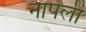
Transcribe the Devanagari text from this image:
नापली